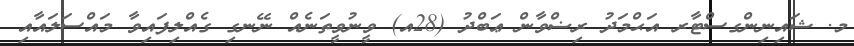
މ. ޝައިނިންގސްޓާރ އަޙްމަދު ރިޟްވާން ޢަބްދު (28އ) ވީނުވީތަނެއް ނޭނގި ގެއްލިފައިވާ މައްސަލައާއި